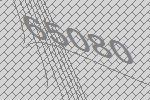
65080